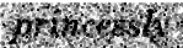
princessly